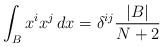
LaTeX: \begin{align*} \int_{B}x^i x^j\,dx =\delta^{ij}\frac{|B|}{N+2} \end{align*}